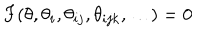
F ( \theta , \theta _ { i } , \theta _ { i j } , \theta _ { i j k } , \dots ) = 0